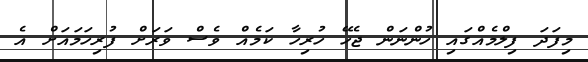
މިފަދަ ފިލްމެއްގައި ހުންނަން ޖެހޭ ހުރިހާ ކަމެއް ވެސް ވަރަށް ފުރިހަމައަށް އެ